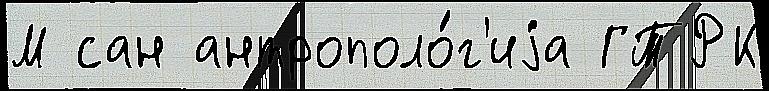
М сан антрополо́г'иjа ГТРК